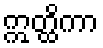
ဣတ္ထိကာ